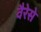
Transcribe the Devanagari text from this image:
वैरेसे